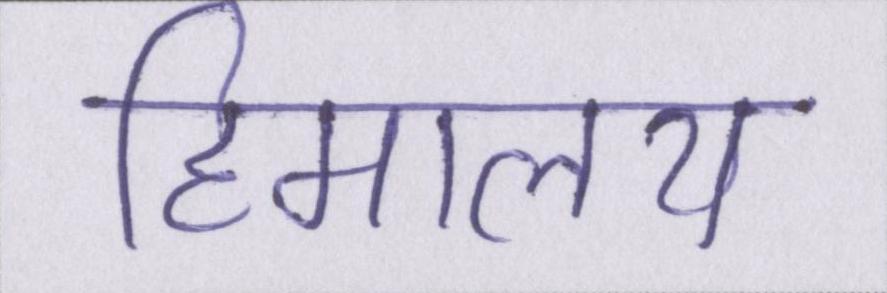
हिमालय